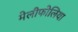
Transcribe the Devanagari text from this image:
मेलीफोलिया